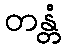
တန္တံ